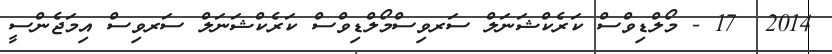
2014  17 - މޯލްޑިވްސް ކަރެކްޝަނަލް ސަރވިސްމޯލްޑިވްސް ކަރެކްޝަނަލް ސަރވިސް އިމަޖެންސީ